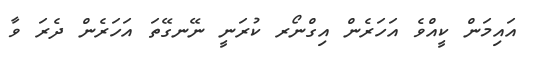
އައިމަން ކީއްވެ އަހަރެން އިގްނޯރ ކުރަނީ ނޭނގޭތަ އަހަރެން ދެރަ ވާ